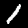
Digit: 1